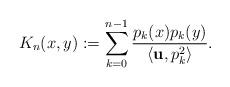
LaTeX: \begin{align*} K_{n}(x,y):= \sum_{k=0}^{n-1}\frac{p_{k}(x) p_{k}(y) }{\langle {\bf u}, p^2_k\rangle}.\end{align*}